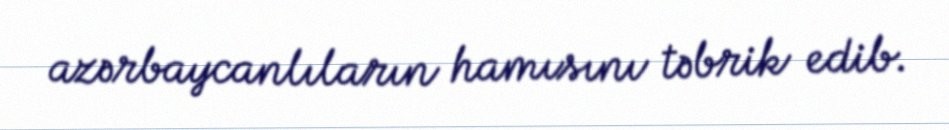
azərbaycanlıların hamısını təbrik edib.